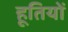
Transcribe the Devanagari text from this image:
हूतियों